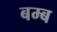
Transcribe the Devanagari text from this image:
बम्‍ब